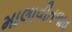
માલાવીતળાવ